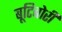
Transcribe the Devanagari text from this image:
बूटिबोरी